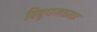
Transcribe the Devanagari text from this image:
विबुधसत्तमाः